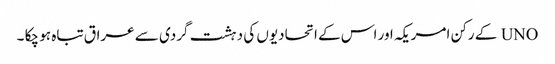
UNO کے رکن امریکہ اور اس کے اتحادیوں کی دہشت گردی سے عراق تباہ ہو چکا ۔